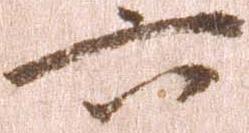
六